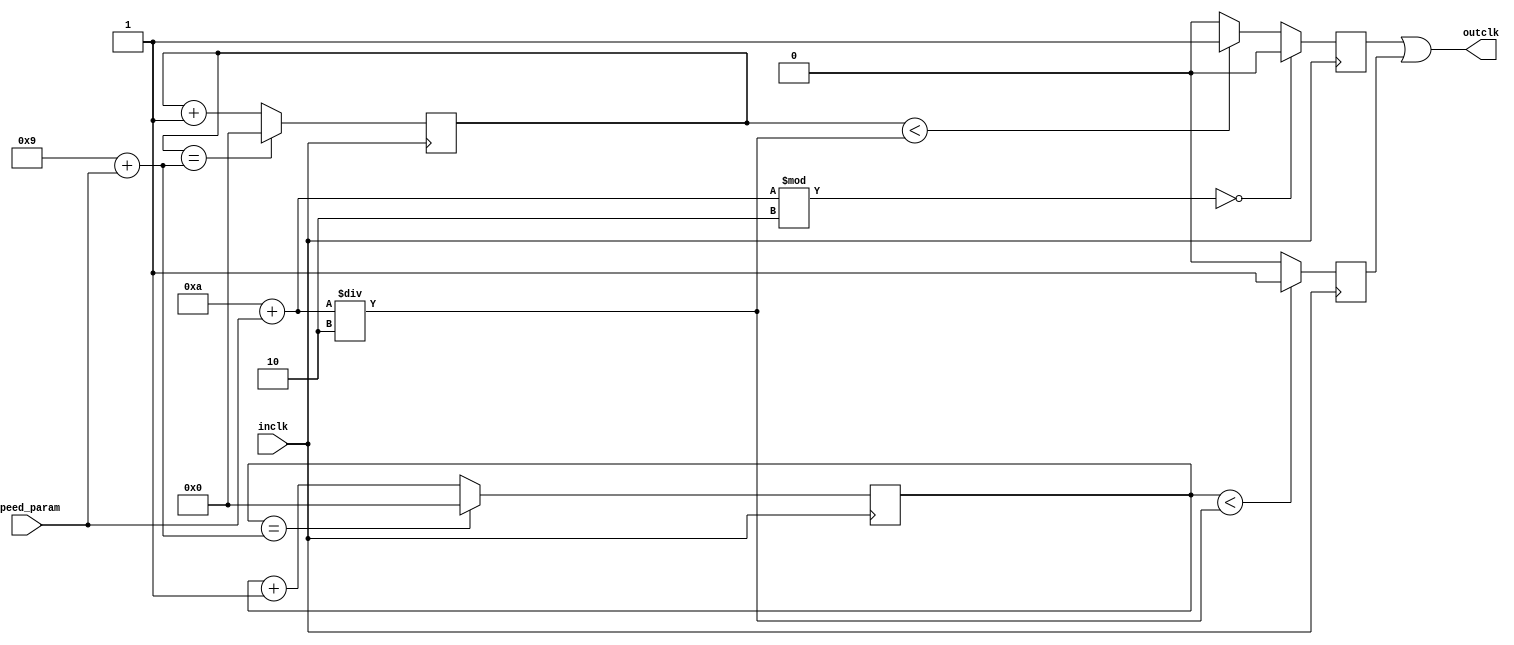
/*

** input: 50Mhz Clock of DE1-SoC board
** output: 50Mhz/N Clock where N is an integer > 1

written by Eric Ngo since lab 1.
*/

module clock_Ndiv 
    #(parameter N = 10) (
    input inclk,
    input [31:0] speed_param,
    output outclk
);

    reg [31:0] pos_counter = 0;                 //counter counts up each rising edge of input clock
    reg [31:0] neg_counter = 0;                 //counter counts up each falling edge of input clock
    reg pos_outclk = 0;                         //1/N frequency clock with positive counter  
    reg neg_outclk = 0;                         //1/N frequency clock with negative counter


    //Create a positive-edge sensitive counter
    always @(posedge inclk) begin
        pos_counter <= pos_counter + 1'b1;      //increases by 1 on each rising edge of input clock

        if (pos_counter == N-1 + speed_param)
            pos_counter <= 0;                   //reset to 0 when reaching divisor-1 
    end

    //Create a negative-edge sensitive counter
    always @(negedge inclk) begin
        neg_counter <= neg_counter + 1'b1;      //increases by 1 on each falling edge of input clock

        if (neg_counter == N-1 + speed_param)
            neg_counter <= 0;                   //reset to 0 when reaching divisor 
    end

    //Generate positive 1/N frequency clock
    always @(posedge inclk) begin
        if (pos_counter < (N+speed_param)/2)
            pos_outclk <= 1;
        else
            pos_outclk <= 0;                    //invert pos_outclock every half cycle of positive counter
    end

    //Generate negative 1/N frequency clock
    always @(negedge inclk) begin
        if ((N+speed_param)%2 == 0)
            neg_outclk <= 0;                    //Deactivate clock if divisor is even
        else
            if (neg_counter < (N+speed_param)/2) 
                neg_outclk <= 1;
            else
                neg_outclk <= 0;                //inver neg_outclock every half cycle of negative counter
    end

    assign outclk = neg_outclk || pos_outclk;   //create a 50Mhz/N Clock with 50% duty cycle from neg_clock and pos_clock
   

endmodule